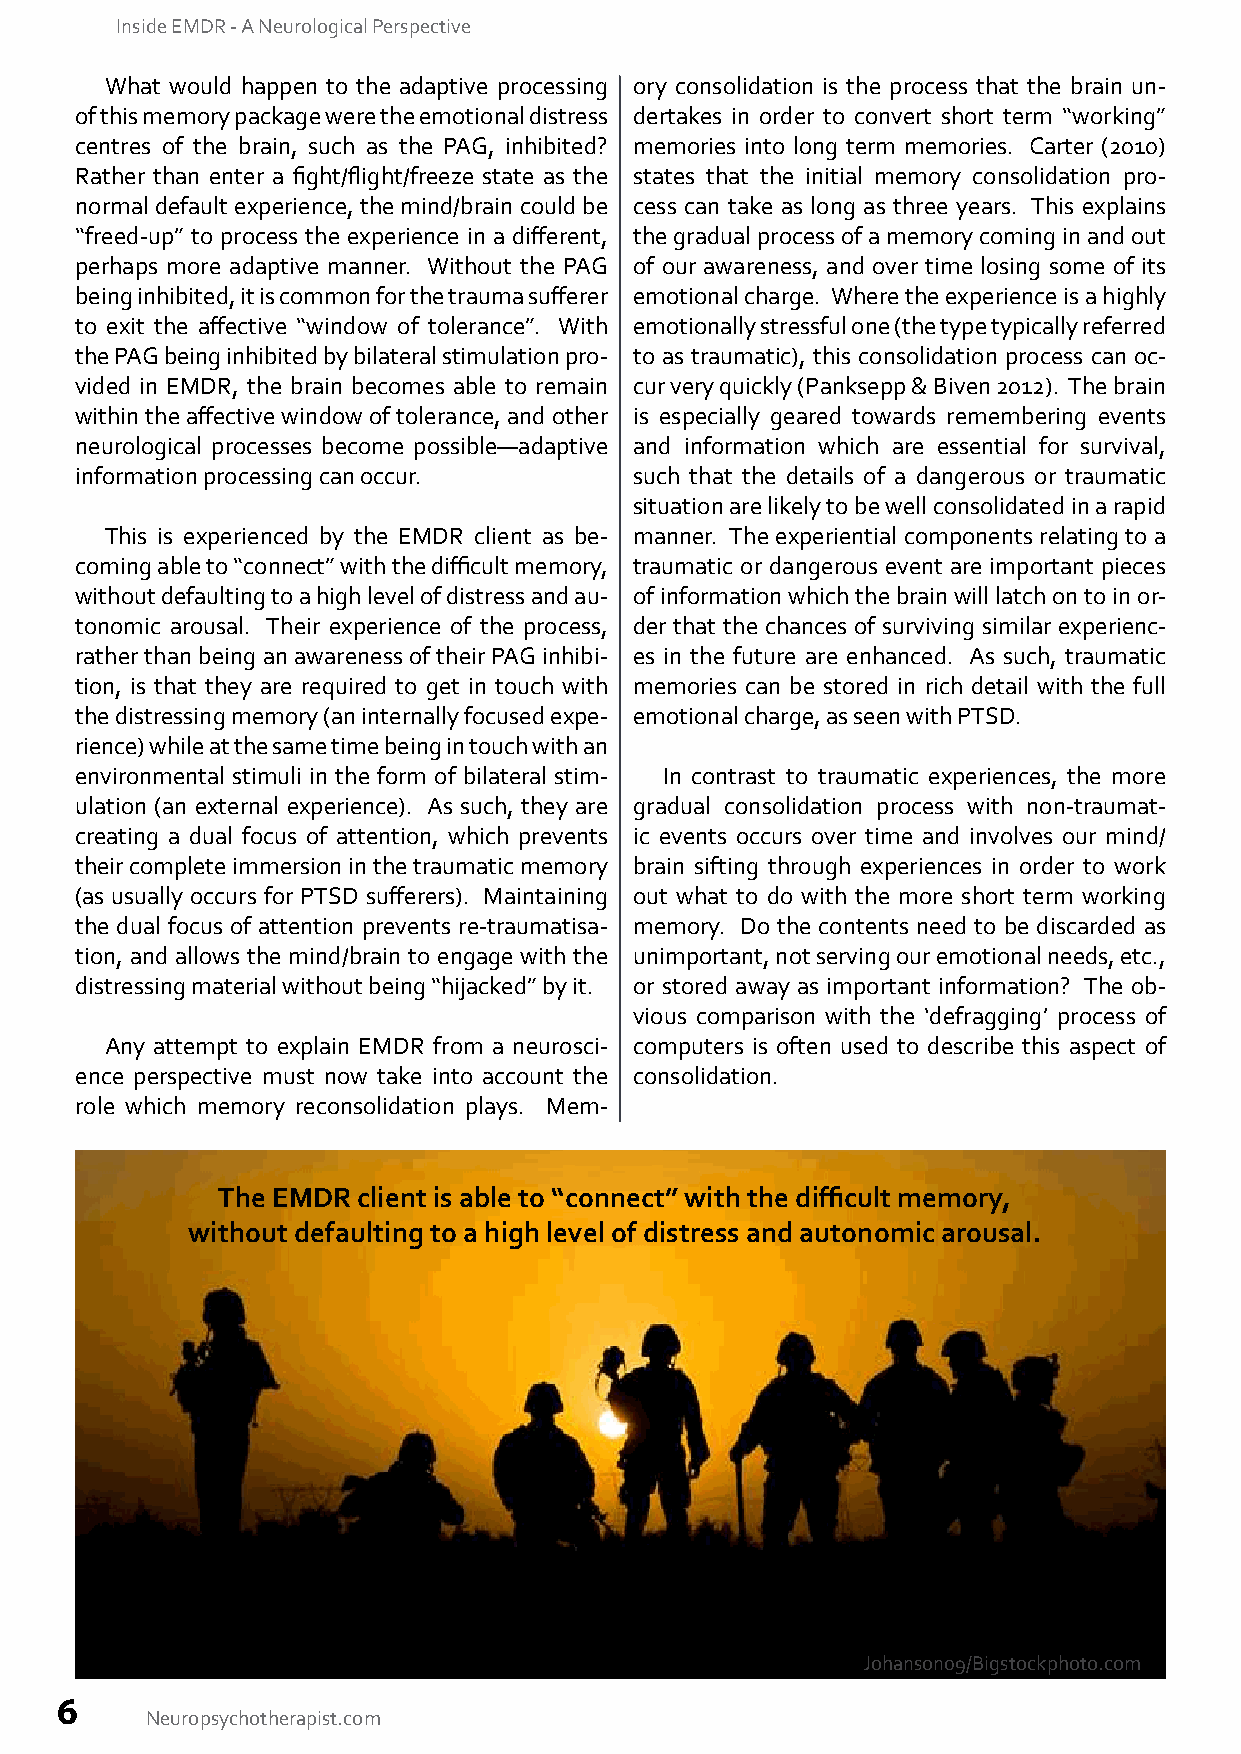
Inside EMDR - A Neurological Perspective
 What would happen to the adaptive processing ory consolidation is the process that the brain un-
 of this memory package were the emotional distress dertakes in order to convert short term “working”
 centres of the brain, such as the PAG, inhibited? memories into long term memories. Carter (2010)
 Rather than enter a fight/flight/freeze state as the states that the initial memory consolidation pro-
 normal default experience, the mind/brain could be cess can take as long as three years. This explains
 “freed-up” to process the experience in a different, the gradual process of a memory coming in and out
 perhaps more adaptive manner. Without the PAG of our awareness, and over time losing some of its
 being inhibited, it is common for the trauma sufferer emotional charge. Where the experience is a highly
 to exit the affective “window of tolerance”. With emotionally stressful one (the type typically referred
 the PAG being inhibited by bilateral stimulation pro- to as traumatic), this consolidation process can oc-
 vided in EMDR, the brain becomes able to remain cur very quickly (Panksepp & Biven 2012). The brain
 within the affective window of tolerance, and other is especially geared towards remembering events
 neurological processes become possible—adaptive and information which are essential for survival,
 information processing can occur.    such that the details of a dangerous or traumatic
 situation are likely to be well consolidated in a rapid
 This is experienced by the EMDR client as be- manner. The experiential components relating to a
 coming able to “connect” with the difficult memory, traumatic or dangerous event are important pieces
 without defaulting to a high level of distress and au- of information which the brain will latch on to in or-
 tonomic arousal. Their experience of the process, der that the chances of surviving similar experienc-
 rather than being an awareness of their PAG inhibi- es in the future are enhanced. As such, traumatic
 tion, is that they are required to get in touch with memories can be stored in rich detail with the full
 the distressing memory (an internally focused expe- emotional charge, as seen with PTSD.
 rience) while at the same time being in touch with an
 environmental stimuli in the form of bilateral stim- In contrast to traumatic experiences, the more
 ulation (an external experience). As such, they are gradual consolidation process with non-traumat-
 creating a dual focus of attention, which prevents ic events occurs over time and involves our mind/
 their complete immersion in the traumatic memory brain sifting through experiences in order to work
 (as usually occurs for PTSD sufferers). Maintaining out what to do with the more short term working
 the dual focus of attention prevents re-traumatisa- memory. Do the contents need to be discarded as
 tion, and allows the mind/brain to engage with the unimportant, not serving our emotional needs, etc.,
 distressing material without being “hijacked” by it. or stored away as important information? The ob-
 vious comparison with the ‘defragging’ process of
 Any attempt to explain EMDR from a neurosci- computers is often used to describe this aspect of
 ence perspective must now take into account the consolidation.
 role which memory reconsolidation plays. Mem-
 The EMDR  client is able to “connect” with the difficult memory,
 without defaulting to a high level of distress and autonomic arousal.
 Johanson09/Bigstockphoto.com
 6
 Neuropsychotherapist.com